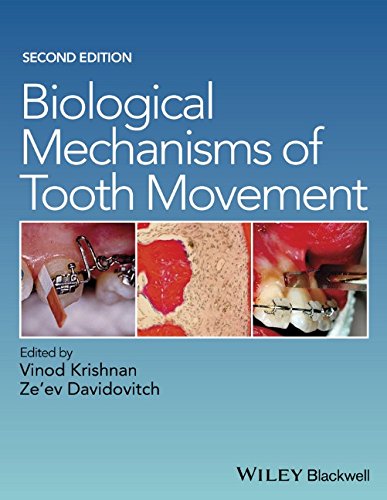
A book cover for Biological Mechanisms of Tooth Movement; Medical Books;